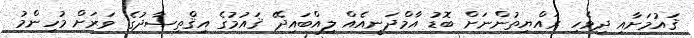
ޤައުމަށާއި ދިވެހި ރައްޔިތުންނަށް ބޮޑު އާމްދަނީއެއް ލިއްބައިދޭ ޤައުމުގެ އިޤްތިޞާދުގެ ވަރަށް މުހިންމު